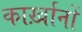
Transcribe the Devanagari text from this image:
कार्ख़ानों